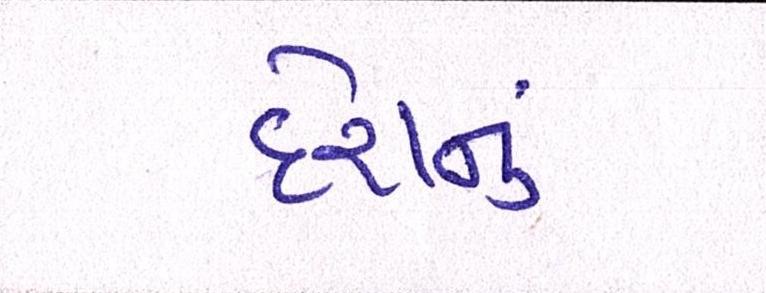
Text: દેશનું